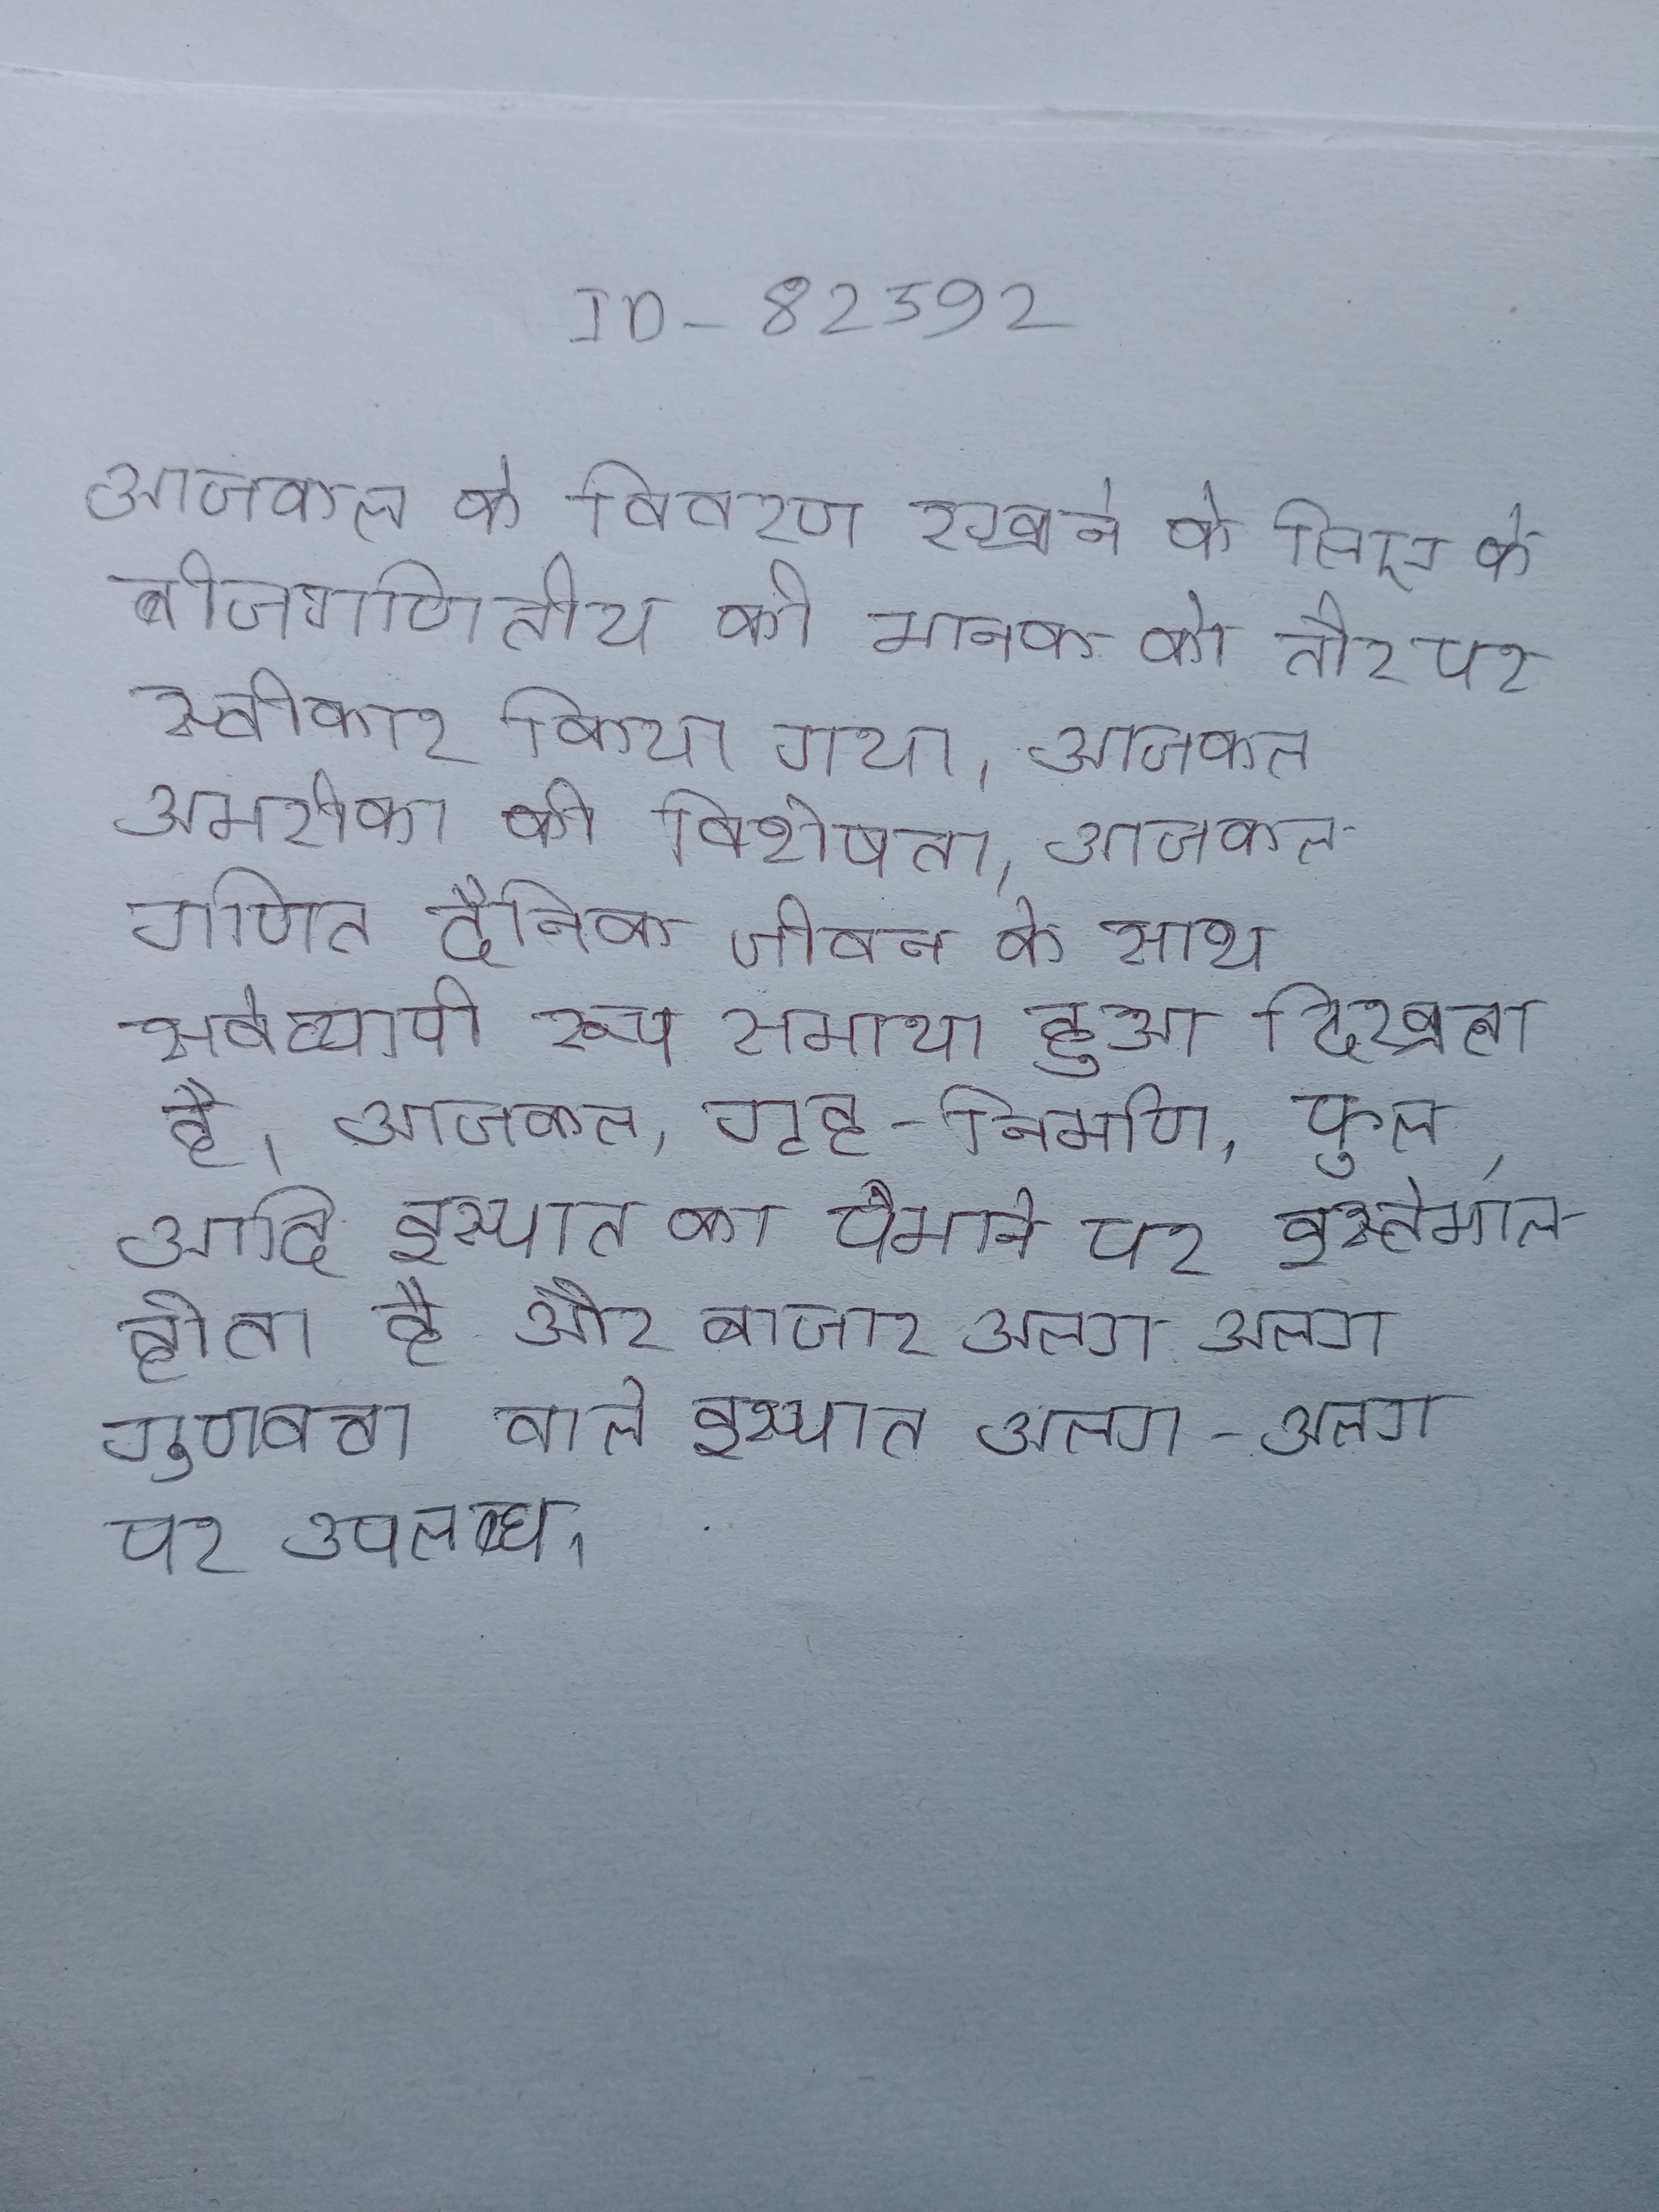
आजकल के विवरण रखने के लिए के बीजगणितीय को मानक के तौर पर स्वीकार किया गया । आजकल अमरीका की विशेषता । आजकल गणित दैनिक जीवन के साथ सर्वव्यापी रूप समाया हुआ दिखता है । आजकल, गृह-निर्माण, पुल, आदि इस्पात का पैमाने पर इस्तेमाल होता है और बाजार अलग अलग गुणवत्ता वाले इस्पात अलग-अलग पर उपलब्ध ।